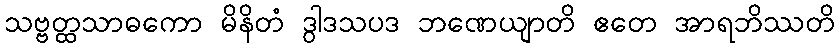
သဗ္ဗတ္ထသာဓကော မိနိတံ ဒွါဒသပဒ ဘဏေယျာတိ ဧတေ အာရဘိဿတိ